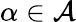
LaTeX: \alpha\in{\mathcal{A}}